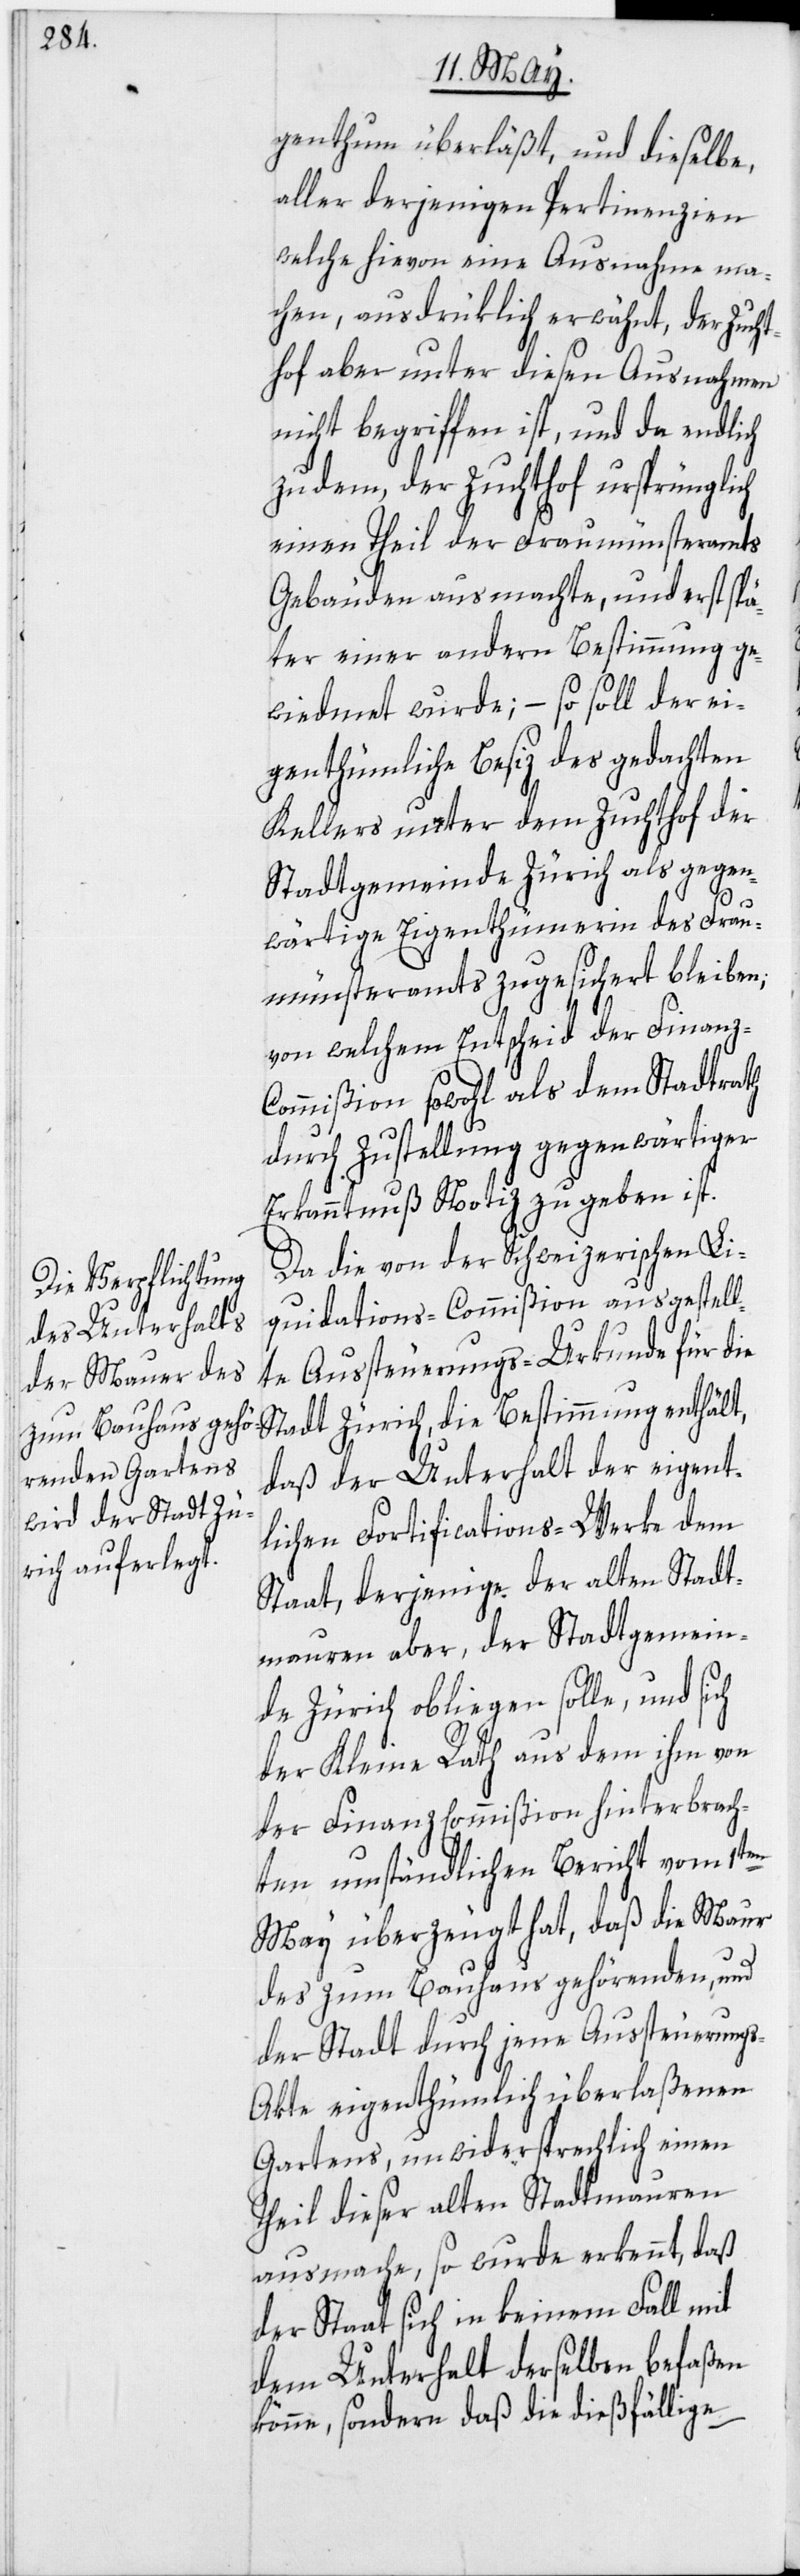
genthum überläßt, und dieselbe,
aller derjenigen Pertinenzien
welche hievon eine Ausnahme ma¬
chen, ausdrüklich erwähnt, der Zucht¬
hof aber unter diesen Ausnahmen
nicht begriffen ist, und da endlich
zu dem, der Zuchthof ursprünglich
einen Theil der Fraumünsteramts
Gebäuden ausmachte, und erst spä¬
ter einer andern Bestimmung ge¬
wiedmet wurde; – so soll der ei¬
genthümliche Besiz des gedachten
Kellers unter dem Zuchthof der
Stadtgemeinde Zürich als gegen¬
wärtige Eigenthümerin des Frau¬
münsteramts zugesichert bleiben;
von welchem Entscheid der Finanz-C¬
ommißion sowohl als dem Stadtrath
durch Zustellung gegenwärtiger
Erkanntnuß Notiz zu geben ist.
Da die von der Schweizerischen Li¬
quidations-Commißion ausgestell¬
te Aussteuerungs-Urkunde für die
Stadt Zürich, die Bestimmung enthält,
daß der Unterhalt der eigent¬
lichen Fortifications-Werke dem
Staat, derjenige der alten Stadt¬
mauren aber, der Stadtgemein¬
de Zürich obliegen solle, und sich
der Kleine Rath aus dem ihm von
der Finanz Commißion hinterbrach¬
ten umständlichen Bericht vom 1ten
May überzeugt hat, daß die Maur
des zum Bauhaus gehörenden, und
der Stadt durch jene Aussteuerung¬
s-Akte eigenthümlich überlaßenen
Gartens, unwidersprechlich einen
Theil dieser alten Stadtmauren
ausmache, so wurde erkennt, daß
der Staat sich in keinem Fall mit
dem Unterhalt derselben befaßen
könne, sondern daß die dießfällige